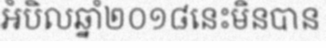
អំបិលឆ្នាំ២០១៨នេះមិនបាន